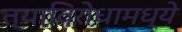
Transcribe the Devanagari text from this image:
त्याविरोधामध्ये